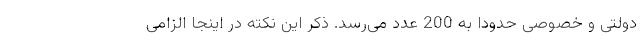
دولتی و خصوصی حدودا به 200 عدد می‌رسد. ذکر این نکته در اینجا الزامی